Scientific memoirs by medical officers of the Army of India - Part X,
Year: 1897
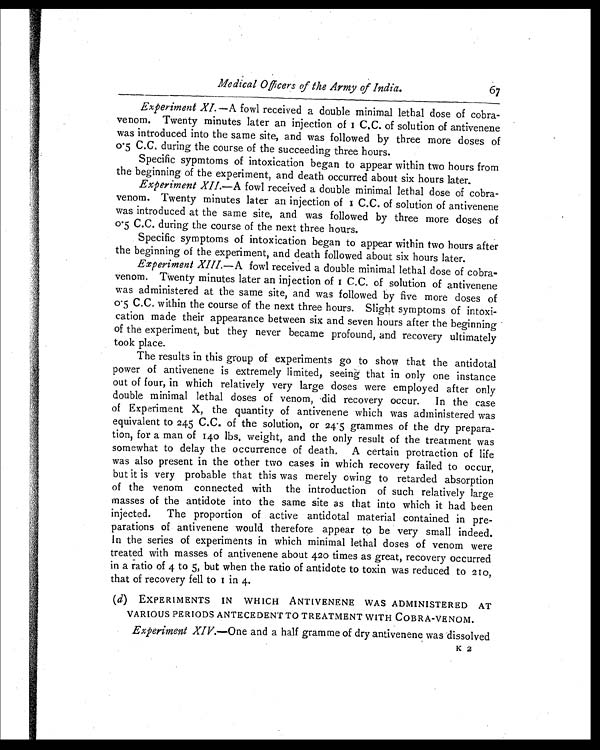
Medical Officers of the Army of India.
67
Experiment XI. —A fowl received a double minimal lethal dose of cobra-
v e n o m . T w e n t y m i n u t e s l a t e r a n i n j e c t i o n o f 1 C . C . o f s o l u t i o n o f a n t i v e n e n e
was introduced into the same site, and was followed by three more doses of
Specific sypmtoms of intoxication began to appear within two hours from
the beginning of the experiment, and death occurred about six hours later.
Experiment XII. —A fowl received a double minimal lethal dose of cobra-
venom. Twenty minutes later an injection of 1 C.C. of solution of antivenene
was introduced at the same site, and was followed by three more doses of
0.5 C.C. during the course of the next three hours.
Specific symptoms of intoxication began to appear within two hours after
the beginning of the experiment, and death followed about six hours later.
Experiment XIII. —A fowl received a double minimal lethal dose of cobra-
venom. Twenty minutes later an injection of 1 C.C. of solution of antivenene
was administered at the same site, and was followed by five more doses of
0.5 C.C. within the course of the next three hours. Slight symptoms of intoxi-
cation made their appearance between six and seven hours after the beginning
of the experiment, but they never became profound, and recovery ultimately
took place.
The results in this group of experiments go to show that the antidotal
power of antivenene is extremely limited, seeing that in only one instance
out of four, in which relatively very large doses were employed after only
double minimal lethal doses of venom, did recovery occur. In the case
of Experiment X, the quantity of antivenene which was administered was
equivalent to 245 C.C. of the solution, or 24.5 grammes of the dry prepara-
tion, for a man of 140 lbs. weight, and the only result of the treatment was
somewhat to delay the occurrence of death. A certain protraction of life
was also present in the other two cases in which recovery failed to occur,
but it is very probable that this was merely owing to retarded absorption
of the venom connected with the introduction of such relatively large
masses of the antidote into the same site as that into which it had been
injected. The proportion of active antidotal material contained in pre-
parations of antivenene would therefore appear to be very small indeed.
In the series of experiments in which minimal lethal doses of venom were
treated with masses of antivenene about 420 times as great, recovery occurred
in a ratio of 4 to 5, but when the ratio of antidote to toxin was reduced to 210,
that of recovery fell to 1 in 4.
( d) EXPERIMENTS IN WHICH ANTIVENENE WAS ADMINISTERED AT
VARIOUS PERIODS ANTECEDENT TO TREATMENT WITH COBRA-VENOM.
Experiment XIV.—One and a half gramme of dry antivenene was dissolved
K 2